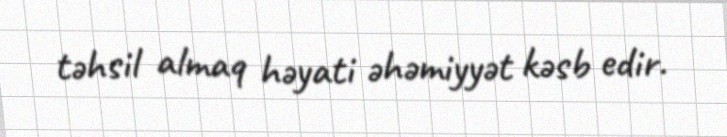
təhsil almaq həyati əhəmiyyət kəsb edir.